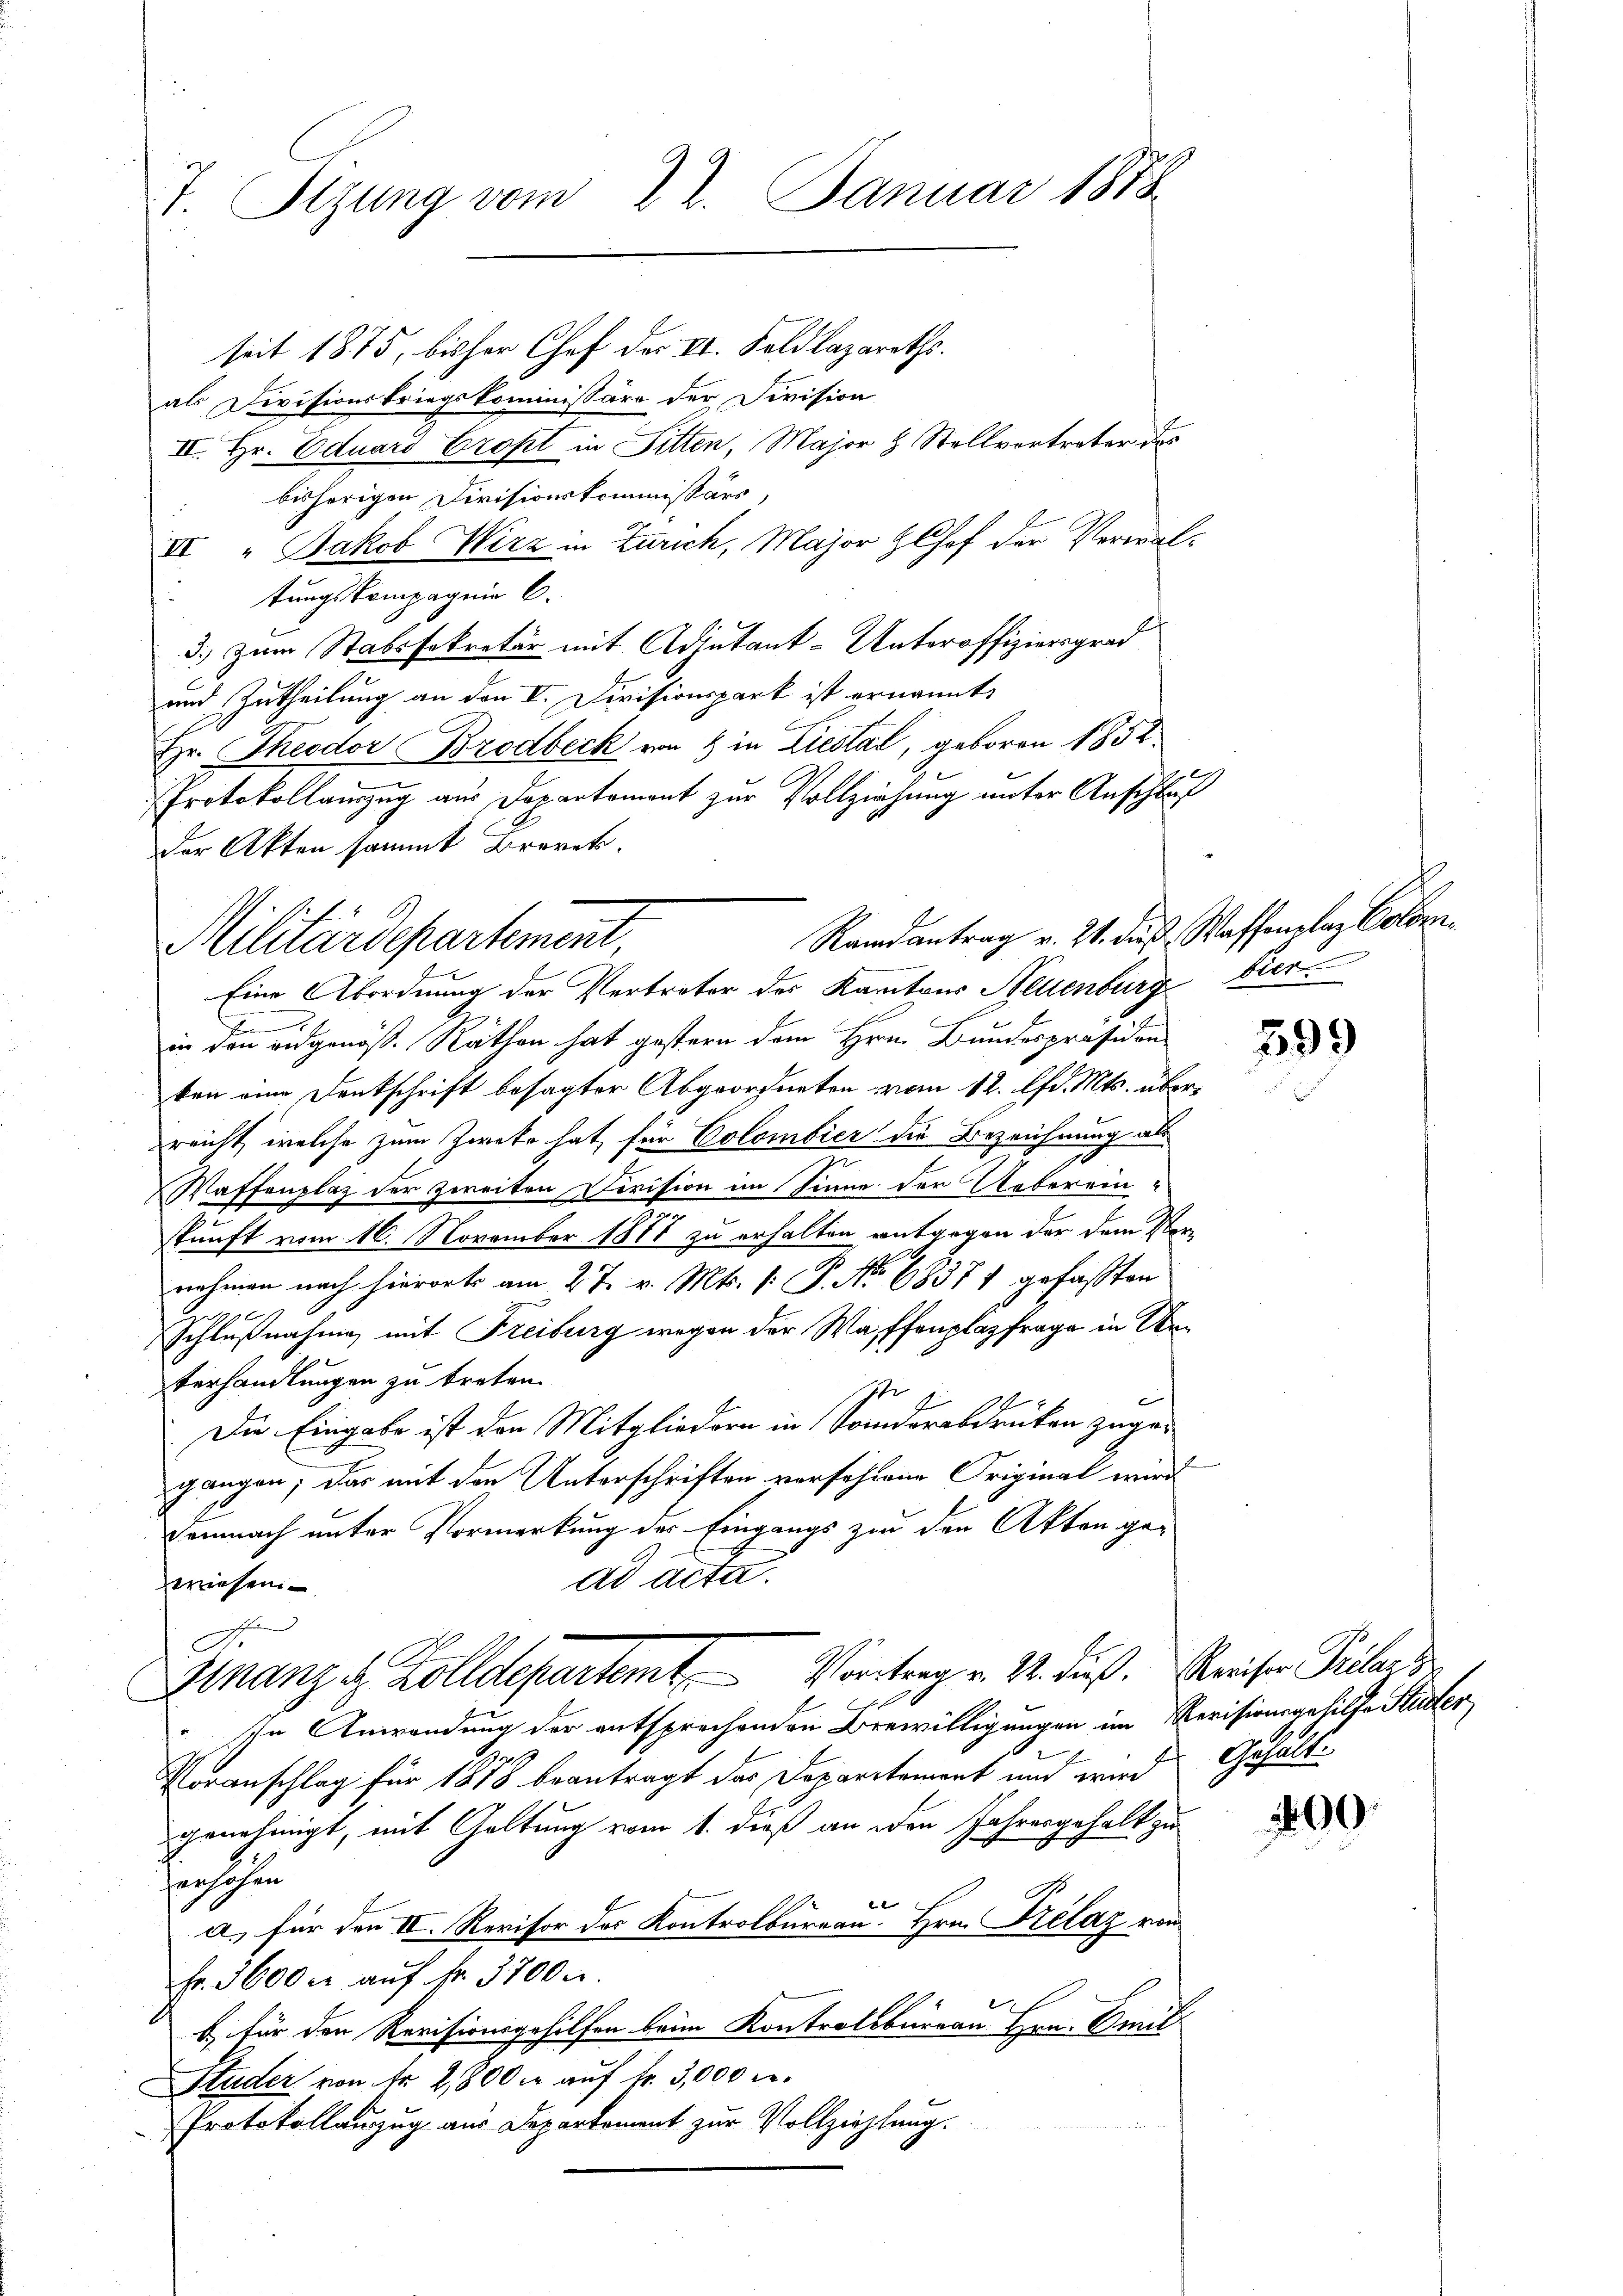
T. Sizung vom 22. Januar 1878

seit 1875, bisher Chef der II. Foldlazareths.
als Divisionskriegskommissäre der Division
II. Hr. Eduard Cropt in Fitten, Major & Stellvertreter das
bisherigen Divisionskommissärs,
VI. " Jakob Wirz in Zürich, Major Hlhof der Verwaltungskompagnie C.
3.) zum Stabssekretär mit Adjutant-Unteroffiziersgrad
und Zutheilung an den V. Divisionspark ist ernannt,
Hr. Theodor Brodbeck von 4 in Liestal, geboren 1852.
Protokollauszug aus Departemont zur Vollziehung unter Anschluß
der Akten sammt Brevet.

Eine Abordnung der Vertrater des Kantons Neuenburg Vier
in den eidgenöss. Räthen hat gestern dem Hrn. Bundespräsiden
ken eine Denkschrift besagter Abgeordneten vom 12. lfd. Mts. überreicht, welche zum Zweke hat für Colombier die Bezeichnung als
Waffenplaz der zweiten Division im Sinne der Ueberein-
skunft vom 16. November 1888 zu erhalten entgegen der dem Vornahmen nach hierorts am 27. v. Mts. 1. P. No 68371 gefaßten
Schlußnahme mit Freiburg wegen der Waffenplazfrage in Unterhandlungen zu treten.
1
Die Eingabe ist den Mitgliedern in Sonderabdrücken zuge-
gangen; das mit den Unterschriften verfahrene Original wird
Demnach unter Vormerkung des Eingangs zu den Akten ge-
ad acta.
wiesen.
Ar
Hnanze Zolldepartemt. Vortrag v. M. dieß. Kreisen Pilar z
Ichn Anwendung der entsprechenden Bewilligungen im Revisionsgehilfe Städter
Voranschlag für 1878 beantragt das Deparitament und wird
genehmigt, mit Galtung vom 1. dieß an den Jahresgehalt zu
herschen
l |
a) für den II. Revisor des Kontrolbureau. Hrn. Prélaz von
Fr. 5600 r auf fr. 3700.
b) für den Revisionsgehilfen beim Kontrollbürrau Hrn. Emil
Studer von fr 2,800 er auf Fr. 3,000 r.
Protokollauszug aus Departement zur Vollziehtung.

Randantrag v. 21. daß Waffenplaz Color
Militärdepartement

e

399

Gehalts

199